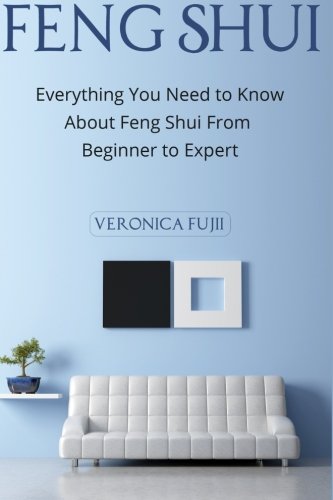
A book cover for Feng Shui: Everything You Need to Know About Feng Shui From Beginner to Expert; Veronica Fujii; Religion & Spirituality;